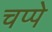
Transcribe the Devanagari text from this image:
चप्पे